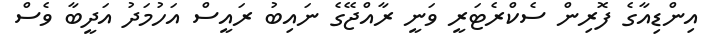
އިންޑިއާގެ ފޮރިން ސެކްރެޓަރީ ވަނީ ރާއްޖޭގެ ނައިބު ރައީސް އަހުމަދު އަދީބާ ވެސް